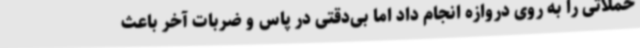
حملاتی را به روی دروازه انجام داد اما بی‌دقتی در پاس و ضربات آخر باعث